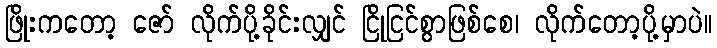
ဖြိုးကတော့ ဇော် လိုက်ပို့ခိုင်းလျှင် ငြိုငြင်စွာဖြစ်စေ၊ လိုက်တော့ပို့မှာပဲ။